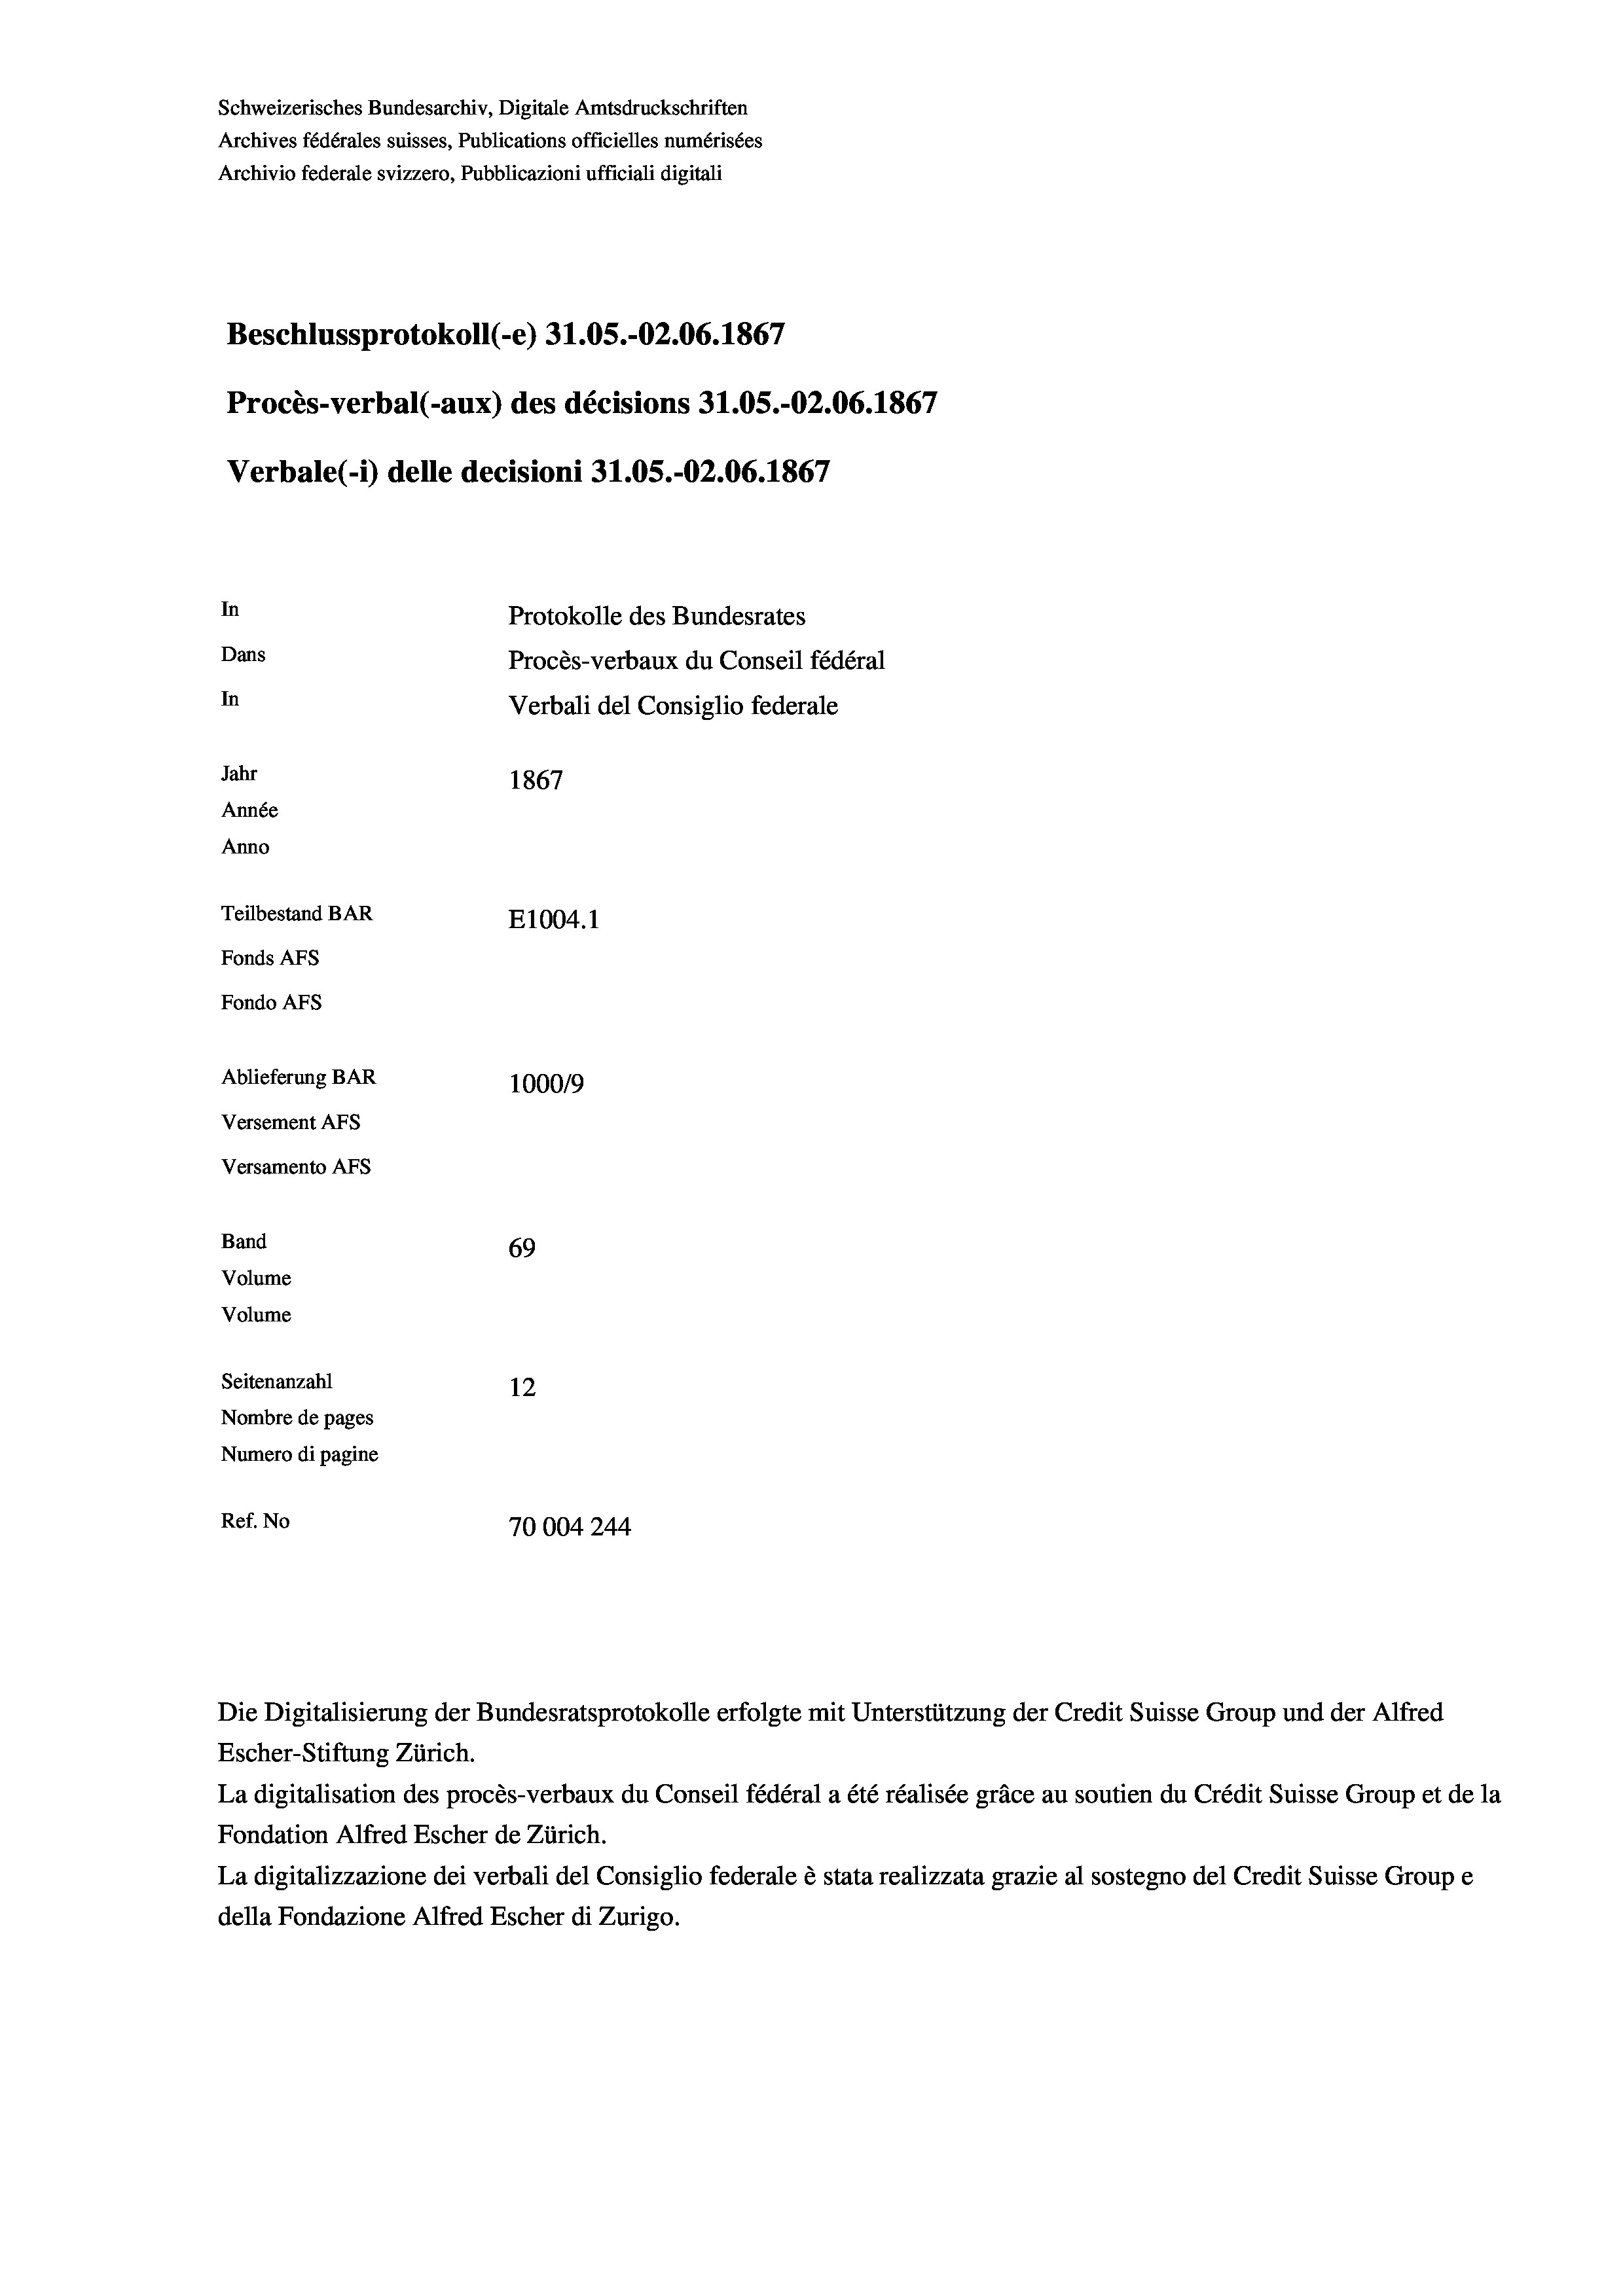
Schweizerisches Bundesarchiv, Digitale Amtsdruckschriften
Archives fédérales suisses, Publications officielles numérisées
Archivio federale svizzero, Pubblicazioni ufficiali digitali
Beschlussprotokoll (-e) 31.05.-02.06. 1867
Procès-verbal (-aux) des décisions 31.05.-O2.06. 1867
Verbale(-*) delle decisioni 31.05.-O2.06. 1867
In
Protokolle des Bundesrates
Dans
Procès-verbaux du Conseil fédéral
In
Verbali del Consiglio federale
Jahr
1867
Année
Anno
Teilbestand BAR
E1004.1
Fonds AFs
Fondo Afs
Ablieferung BAR
100019
Versement AFs
Versamento AFs
Band
69
Volume
Volume

Seitenanzahl
12
Nombre de pages
Numero di pagine
Ref. No
70004244

Escher-Stiftung Zürich.
La digitalisation des procès-verbaux du Conseil fédéral a été réalisée gräce au soutien du Crédit Suisse Group et de la
Fondation Alfred Escher de Zürich.
La digitalizzazione dei verbali del Consiglio federale è stata realizzata grazie al sostegno del Credit Suisse Groupe
della Fondazione Alfred Escher di Zurigo.

Die Digitalisierung der Bundesratsprotokolle erfolgte mit Unterstützung der Credit Suisse Group und der Alfred